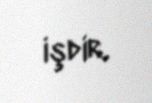
işdir.